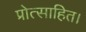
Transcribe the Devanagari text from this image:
प्रोत्साहित।